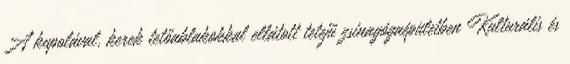
A kupolával, kerek tetőablakokkal ellátott tetejű zsinagógaépületben Kulturális és